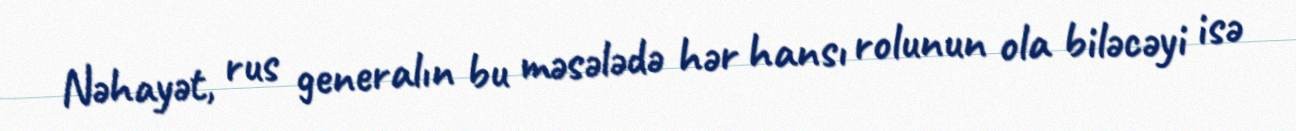
Nəhayət, rus generalın bu məsələdə hər hansı rolunun ola biləcəyi isə